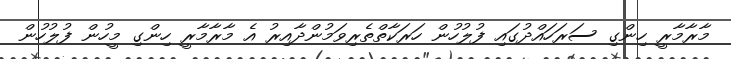
މާރާމާރީ ހިންގި ސަރަހައްދުގައި ފުލުހުން ހަރަކާތްތެރިވަމުންދާއިރު އެ މާރާމާރީ ހިންގި މީހުން ފުލުހުން